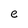
Character: e